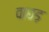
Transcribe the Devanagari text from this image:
वाछड़